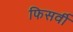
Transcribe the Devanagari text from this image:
फिसर्वी